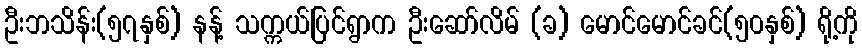
ဦးဘသိန်း(၅၇နှစ်) နန့် သက္ကယ်ပြင်ရွာက ဦးဆော်လိမ် (ခ) မောင်မောင်ခင်(၅၀နှစ်) ရို့ကို